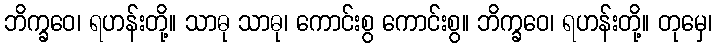
ဘိက္ခဝေ၊ ရဟန်းတို့။ သာဓု သာဓု၊ ကောင်းစွ ကောင်းစွ။ ဘိက္ခဝေ၊ ရဟန်းတို့။ တုမှေ၊